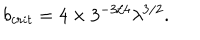
LaTeX: b _ { c r i t } = 4 \times 3 ^ { - 3 / 4 } \lambda ^ { 3 / 2 } .